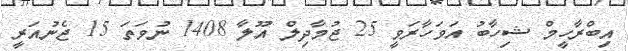
އިބްރާހީމް ޝިހާބު އަވަހާރަވީ 25 ޖުމާދިލް އޫލާ 1408 ނުވަތަ 15 ޖެނުއަރީ